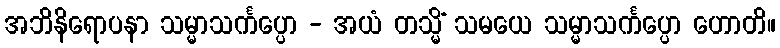
အဘိနိရောပနာ သမ္မာသင်္ကပ္ပော - အယံ တသ္မိံ သမယေ သမ္မာသင်္ကပ္ပော ဟောတိ။